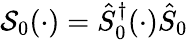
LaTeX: \mathcal S_{0}(\cdot)=\hat{S}_{0}^{\dagger}(\cdot)\hat{S}_{0}